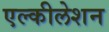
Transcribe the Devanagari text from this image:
एल्कीलेशन